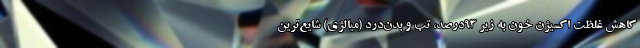
کاهش غلظت اکسیژن خون به زیر ۹۳درصد، تب و بدن‌درد (میالژی) شایع‌ترین